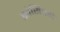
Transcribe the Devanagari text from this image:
सोसिदादे